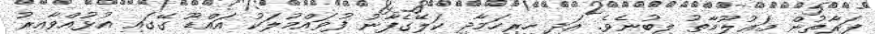
ފަރާތުން މަޢުލޫމާތު ލިބުނެވެ. އަދި ހިރިހަމާދި ކަލޭގެފާނު ފުވައްމުލަކު އައްޑޫ ގޭގައި އުޅުއްވާއިރު